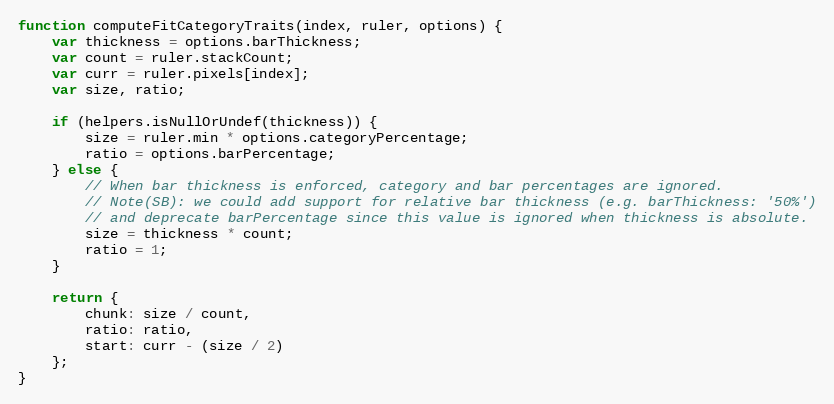
Language: JavaScript
function computeFitCategoryTraits(index, ruler, options) {
	var thickness = options.barThickness;
	var count = ruler.stackCount;
	var curr = ruler.pixels[index];
	var size, ratio;

	if (helpers.isNullOrUndef(thickness)) {
		size = ruler.min * options.categoryPercentage;
		ratio = options.barPercentage;
	} else {
		// When bar thickness is enforced, category and bar percentages are ignored.
		// Note(SB): we could add support for relative bar thickness (e.g. barThickness: '50%')
		// and deprecate barPercentage since this value is ignored when thickness is absolute.
		size = thickness * count;
		ratio = 1;
	}

	return {
		chunk: size / count,
		ratio: ratio,
		start: curr - (size / 2)
	};
}